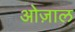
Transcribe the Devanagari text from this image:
ओज़ाल